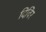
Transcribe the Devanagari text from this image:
दिविर